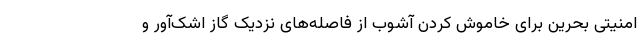
امنیتی بحرین برای خاموش کردن آشوب از فاصله‌های نزدیک گاز اشک‌آور و